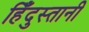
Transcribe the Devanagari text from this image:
हिँदुस्तानी